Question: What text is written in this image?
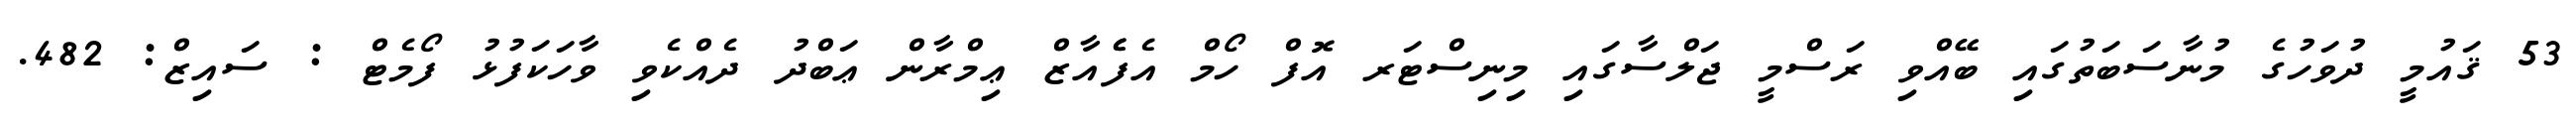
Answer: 53 ޤައުމީ ދުވަހުގެ މުނާސަބަތުގައި ބޭއްވި ރަސްމީ ޖަލްސާގައި މިނިސްޓަރ އޮފް ހޯމް އެފެެއާޒް ޢިމްރާން ޢަބްދު ދެއްކެވި ވާހަކަފުޅު ފޯމެޓް : ސައިޒް: 482.